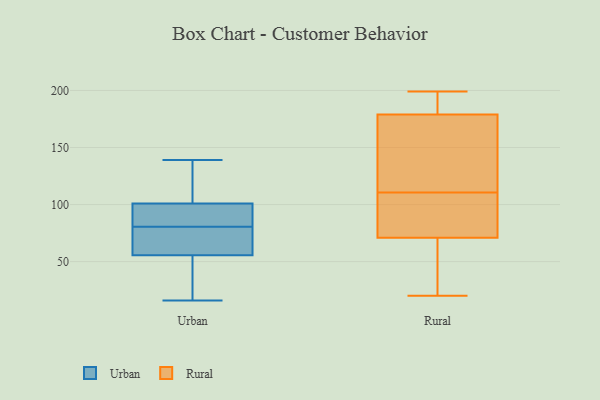
{"axis": {"x": "Production Output", "y": "Value"}, "legend": ["Rural", "Urban"], "data": [{"x": "", "y": 118, "type": "Urban"}, {"x": "", "y": 57, "type": "Urban"}, {"x": "", "y": 21, "type": "Urban"}, {"x": "", "y": 83, "type": "Urban"}, {"x": "", "y": 59, "type": "Urban"}, {"x": "", "y": 93, "type": "Urban"}, {"x": "", "y": 109, "type": "Urban"}, {"x": "", "y": 16, "type": "Urban"}, {"x": "", "y": 78, "type": "Urban"}, {"x": "", "y": 83, "type": "Urban"}, {"x": "", "y": 67, "type": "Urban"}, {"x": "", "y": 84, "type": "Urban"}, {"x": "", "y": 139, "type": "Urban"}, {"x": "", "y": 16, "type": "Urban"}, {"x": "", "y": 115, "type": "Urban"}, {"x": "", "y": 54, "type": "Urban"}, {"x": "", "y": 102, "type": "Rural"}, {"x": "", "y": 71, "type": "Rural"}, {"x": "", "y": 28, "type": "Rural"}, {"x": "", "y": 179, "type": "Rural"}, {"x": "", "y": 80, "type": "Rural"}, {"x": "", "y": 199, "type": "Rural"}, {"x": "", "y": 160, "type": "Rural"}, {"x": "", "y": 63, "type": "Rural"}, {"x": "", "y": 197, "type": "Rural"}, {"x": "", "y": 142, "type": "Rural"}, {"x": "", "y": 20, "type": "Rural"}, {"x": "", "y": 44, "type": "Rural"}, {"x": "", "y": 197, "type": "Rural"}, {"x": "", "y": 103, "type": "Rural"}, {"x": "", "y": 118, "type": "Rural"}, {"x": "", "y": 158, "type": "Rural"}, {"x": "", "y": 83, "type": "Rural"}, {"x": "", "y": 196, "type": "Rural"}]}